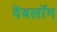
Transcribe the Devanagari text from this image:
वॆबलॉग